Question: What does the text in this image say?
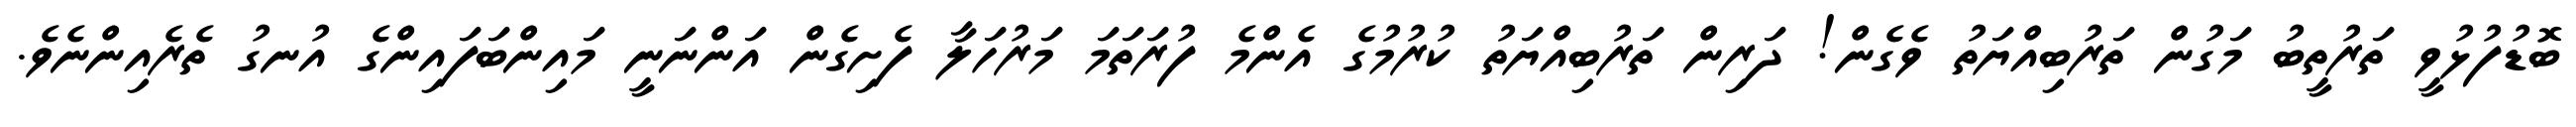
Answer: ބޮޑުފުޅުވީ ތަރުތީބު މަގުން ތަރުބިއްޔަތު ވެގެން! ދަރިން ތަރުބިއްޔަތު ކުރުމުގެ އެންމެ ފުރަތަމަ މަރުހަލާ ފެށިގެން އަންނަނީ މައިންބަފައިންގެ އުނގު ތެރެއިންނެވެ.